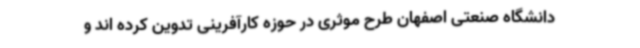
دانشگاه صنعتی اصفهان طرح موثری در حوزه کارآفرینی تدوین کرده اند و